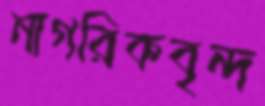
নাগরিকবৃন্দ